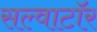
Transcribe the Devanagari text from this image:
सल्वाटॉर